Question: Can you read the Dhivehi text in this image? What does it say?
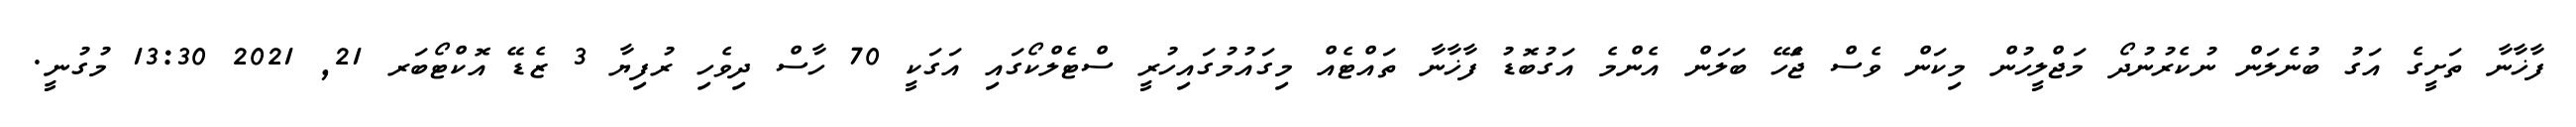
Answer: ފާޚާނާ ތަށީގެ އަގު ބުނެލަން ނުކެރުނުދޯ މަޖްލީހުން މިކަން ވެސް ޖަެހޭ ބަލަން އެންމެ އަގުބޮޑު ފާޚާނާ ތައްޓެއް މިގައުމުގައިހުރީ ސްޓެލްކޯގައި އަގަކީ 70 ހާސް ދިވެހި ރުފިޔާ 3 ޒެޑޭ އޮކްޓޯބަރ 21, 2021 13:30 މުގުނީ.